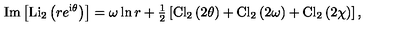
\mathrm { I m } \left[ \mathrm { L i } _ { 2 } \left( r e ^ { { \mathrm { \scriptsize { i } } } \theta } \right) \right] = \omega \ln r + { \textstyle { \frac { 1 } { 2 } } } \left[ \mathrm { C l } _ { 2 } \left( 2 \theta \right) + \mathrm { C l } _ { 2 } \left( 2 \omega \right) + \mathrm { C l } _ { 2 } \left( 2 \chi \right) \right] ,